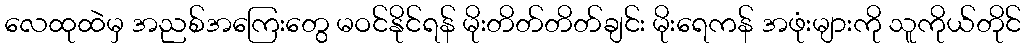
လေထုထဲမှ အညစ်အကြေးတွေ မဝင်နိုင်ရန် မိုးတိတ်တိတ်ချင်း မိုးရေကန် အဖုံးများကို သူကိုယ်တိုင်